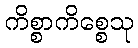
ကိစ္စာကိစ္စေသု